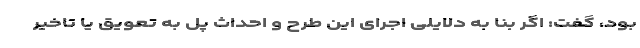
بود، گفت: اگر بنا به دلایلی اجرای این طرح و احداث پل به تعویق یا تاخیر